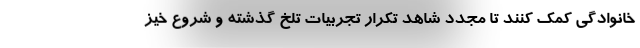
خانوادگی کمک کنند تا مجدد شاهد تکرار تجربیات تلخ گذشته و شروع خیز